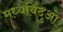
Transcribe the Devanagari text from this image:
मध्यबिंदुओं